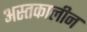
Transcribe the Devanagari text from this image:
अस्तकालीन